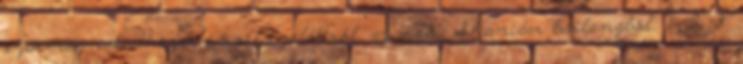
származnak, 11 ezer évvel ezelőttről, az iraki Shanidar barlangból, 1 2 3